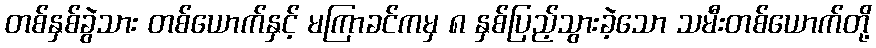
တစ်နှစ်ခွဲသား တစ်ယောက်နှင့် မကြာခင်ကမှ ၈ နှစ်ပြည့်သွားခဲ့သော သမီးတစ်ယောက်တို့